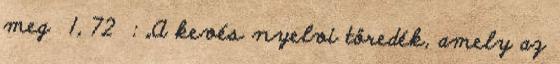
meg 1, 72 : „A kevés nyelvi töredék, amely az